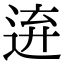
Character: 𨓋